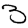
Digit: 3